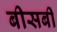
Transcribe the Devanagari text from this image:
बीसबीं